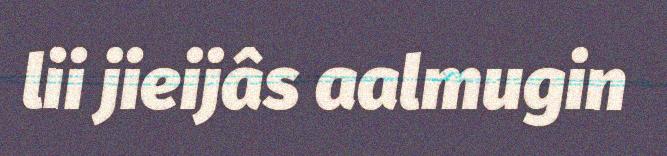
lii jieijâs aalmugin